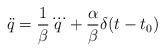
LaTeX: \begin{align*}\ddot{q}=\frac{1}{\beta}\dddot{q}+\frac{\alpha}{\beta}\delta(t-t_{0})\end{align*}